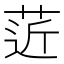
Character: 菦